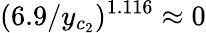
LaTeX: (6.9/y_{c_{2}})^{1.116}\approx 0